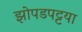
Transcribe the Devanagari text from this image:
झोपडपट्टया